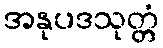
အနုပဒသုတ္တံ